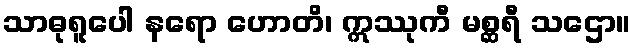
သာဓုရူပေါ နရော ဟောတိ၊ ဣဿုကီ မစ္ဆရီ သဌော။